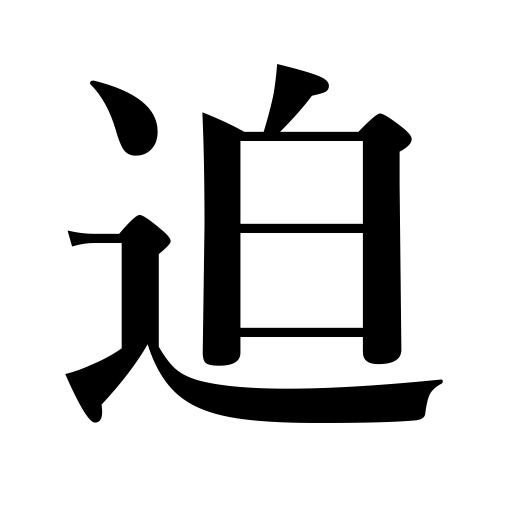
Meanings: spur on,approach,be on the verge of,gain on,be imminent,urge,press for,force,close in on